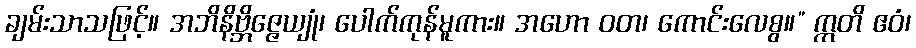
ချမ်းသာသဖြင့်။ အဘိနိဗ္ဘိဇ္ဇေယျုံ၊ ပေါက်ကုန်မူကား။ အဟော ဝတ၊ ကောင်းလေစွ။” ဣတိ ဧဝံ၊